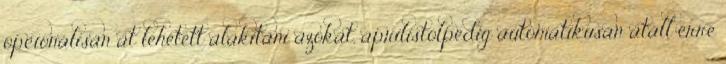
opcionálisan át lehetett alakítani azokat, áprilistólpedig automatikusan átáll erre